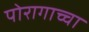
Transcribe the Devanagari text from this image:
पोरागाच्चा